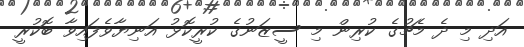
އަދި މި ދެ މެޗުގެ ކުރިން މި ސީޒަނުގެ ކުރީކޮޅު އަނިޔާވެފައިވާ ބޮކުރީ